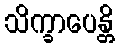
သိက္ခာပေန္တိ